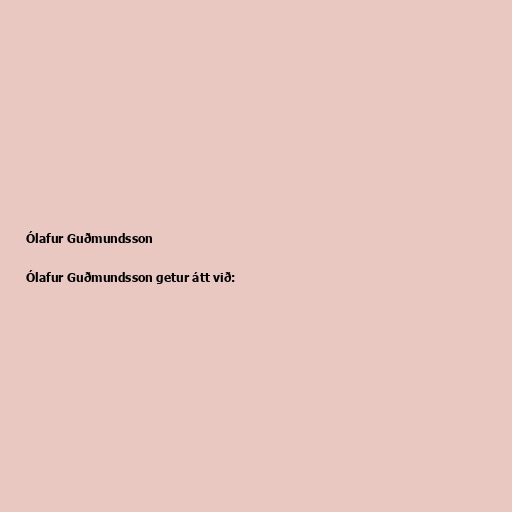
Ólafur Guðmundsson

Ólafur Guðmundsson getur átt við: